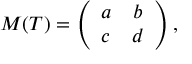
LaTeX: M ( T ) = \left( \begin{array} { c c } { { a } } & { { b } } \\ { { c } } & { { d } } \end{array} \right) ,